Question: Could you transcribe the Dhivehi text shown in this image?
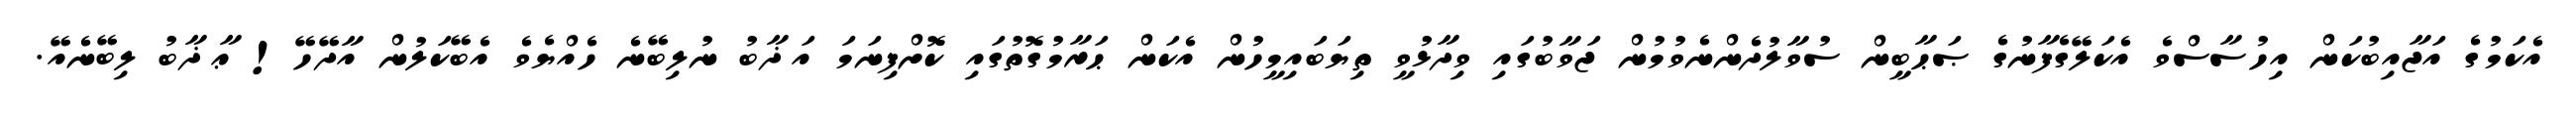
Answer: އެކަމުގެ އަޖާއިބުކަން އިހުސާސްވެ އެކަލޭގެފާނުގެ ޞަޙާބީން ސުވާލުދެންނެވުމުން ޖަވާބުގައި ވިދާޅުވީ ތިޔަބައިމީހުން އެކަން ޙަރާމުގޮތުގައި ކޮށްފިނަމަ އަޛާބު ނުލިބޭނެ ހެއްޔެވެ އެބޭކަލުން އާދޭހޭ! ޢާޛާބު ލިބޭނެއޭ.